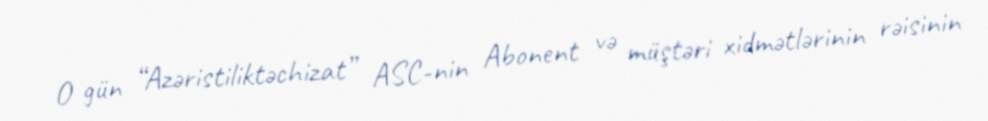
O gün “Azəristiliktəchizat” ASC-nin Abonent və müştəri xidmətlərinin rəisinin